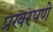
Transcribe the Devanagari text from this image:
प्रखरपणे